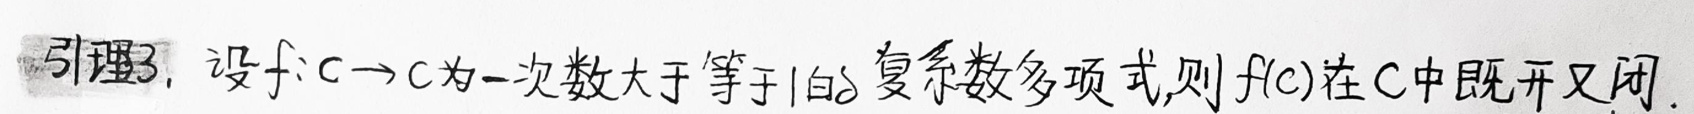
引理3. 设$f:\mathbb{C}\to\mathbb{C}$为一次数大于等于$1$的复系数多项式,则$f(\mathbb{C})$在$\mathbb{C}$中既开又闭.